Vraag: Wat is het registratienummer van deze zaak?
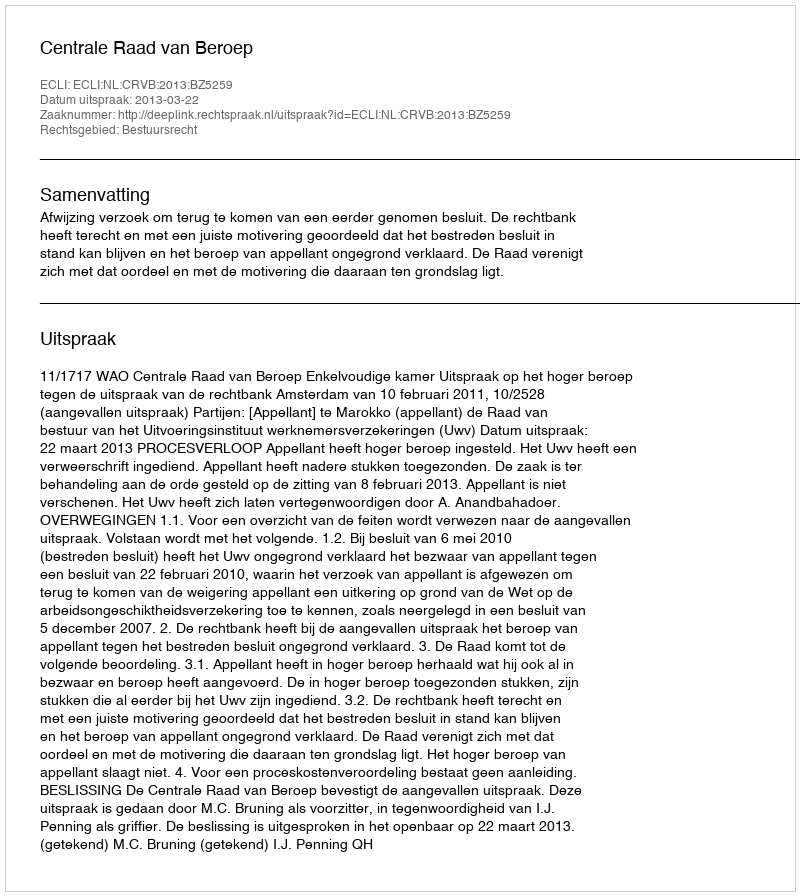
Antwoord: http://deeplink.rechtspraak.nl/uitspraak?id=ECLI:NL:CRVB:2013:BZ5259